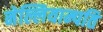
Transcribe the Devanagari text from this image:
नेल्लियाम्पति